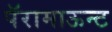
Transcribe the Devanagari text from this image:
पॅरामाऊन्ट